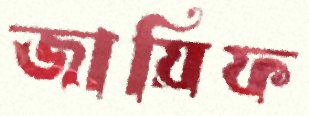
জায়িফ